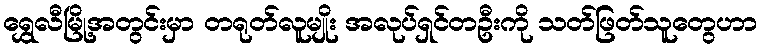
ရွှေလီမြို့အတွင်းမှာ တရုတ်လူမျိုး အလုပ်ရှင်တဦးကို သတ်ဖြတ်သူတွေဟာ